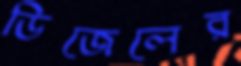
ডিজেলের